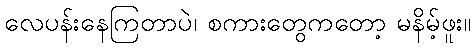
လေပန်းနေကြတာပဲ၊ စကားတွေကတော့ မနိမ့်ဖူး။